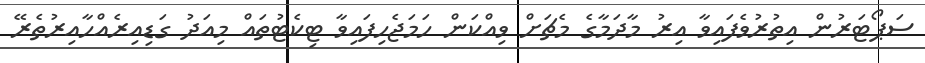
ސަޕޯޓަރުން އިތުރުވެފައިވާ އިރު މާދަމާގެ މެޗަށް ވިއްކަން ހަމަޖެހިފައިވާ ޓިކެޓުތައް މިއަދު ގަޑިއިރެއްހާއިރުތެރޭ